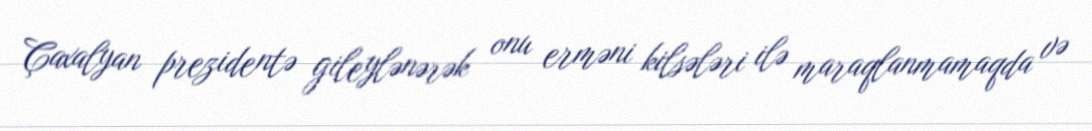
Çaxalyan prezidentə gileylənərək onu erməni kilsələri ilə maraqlanmamaqda və